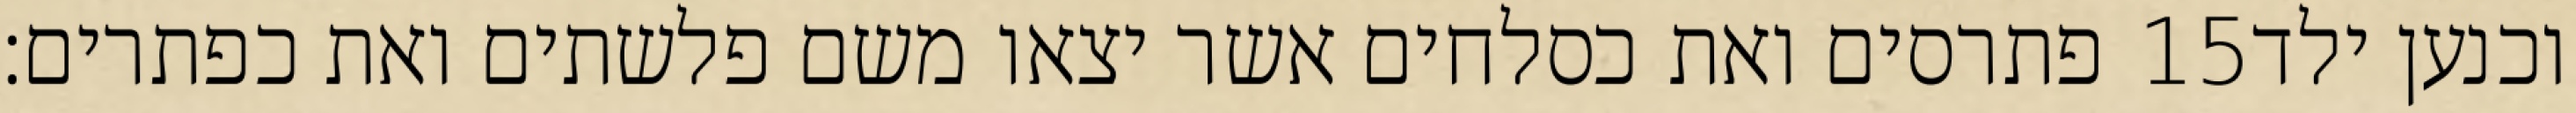
פתרסים ואת כסלחים אשר יצאו משם פלשתים ואת כפתרים׃ ‎15‏ וכנען ילד